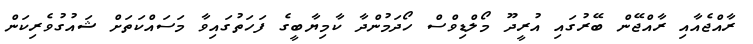
ރާއްޖެއާއި ރާއްޖޭން ބޭރުގައި އުރީދޫ މޯލްޑިވްސް ހޯދަމުންދާ ކާމިޔާބީގެ ފަހަތުގައިވާ މަސައްކަތަށް ޝައުގުވެރިކަން